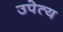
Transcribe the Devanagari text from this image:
उपेत्य